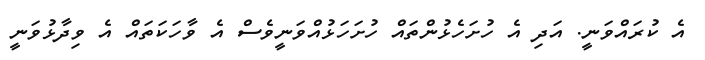
އެ ކުރައްވަނީ. އަދި އެ ހުށަހެޅުންތައް ހުށަހަޅުއްވަނީވެސް އެ ވާހަކަތައް އެ ވިދާޅުވަނީ